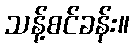
သန့်စင်ခန်း။